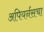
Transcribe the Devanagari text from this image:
अपियर्नसचा